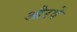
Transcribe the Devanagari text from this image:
औरवे